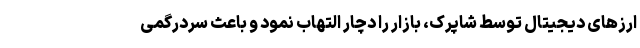
ارزهای دیجیتال توسط شاپرک، بازار را دچار التهاب نمود و باعث سردرگمی